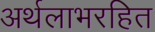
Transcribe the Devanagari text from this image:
अर्थलाभरहित